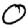
Digit: 0